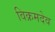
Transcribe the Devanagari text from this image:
विक्रमदेव